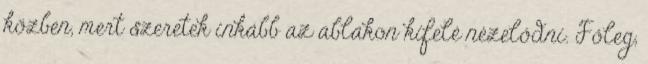
közben, mert szeretek inkább az ablakon kifelé nézelődni. Főleg,